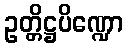
ဥတ္တိဋ္ဌပိဏ္ဍော